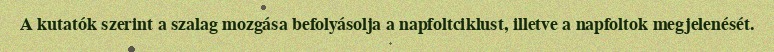
A kutatók szerint a szalag mozgása befolyásolja a napfoltciklust, illetve a napfoltok megjelenését.